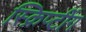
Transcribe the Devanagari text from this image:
स्क्रिप्टींग